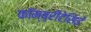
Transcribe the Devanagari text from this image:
कॉम्ब्रीटेसिई